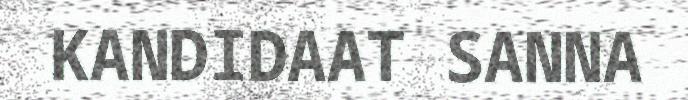
KANDIDAAT SANNA